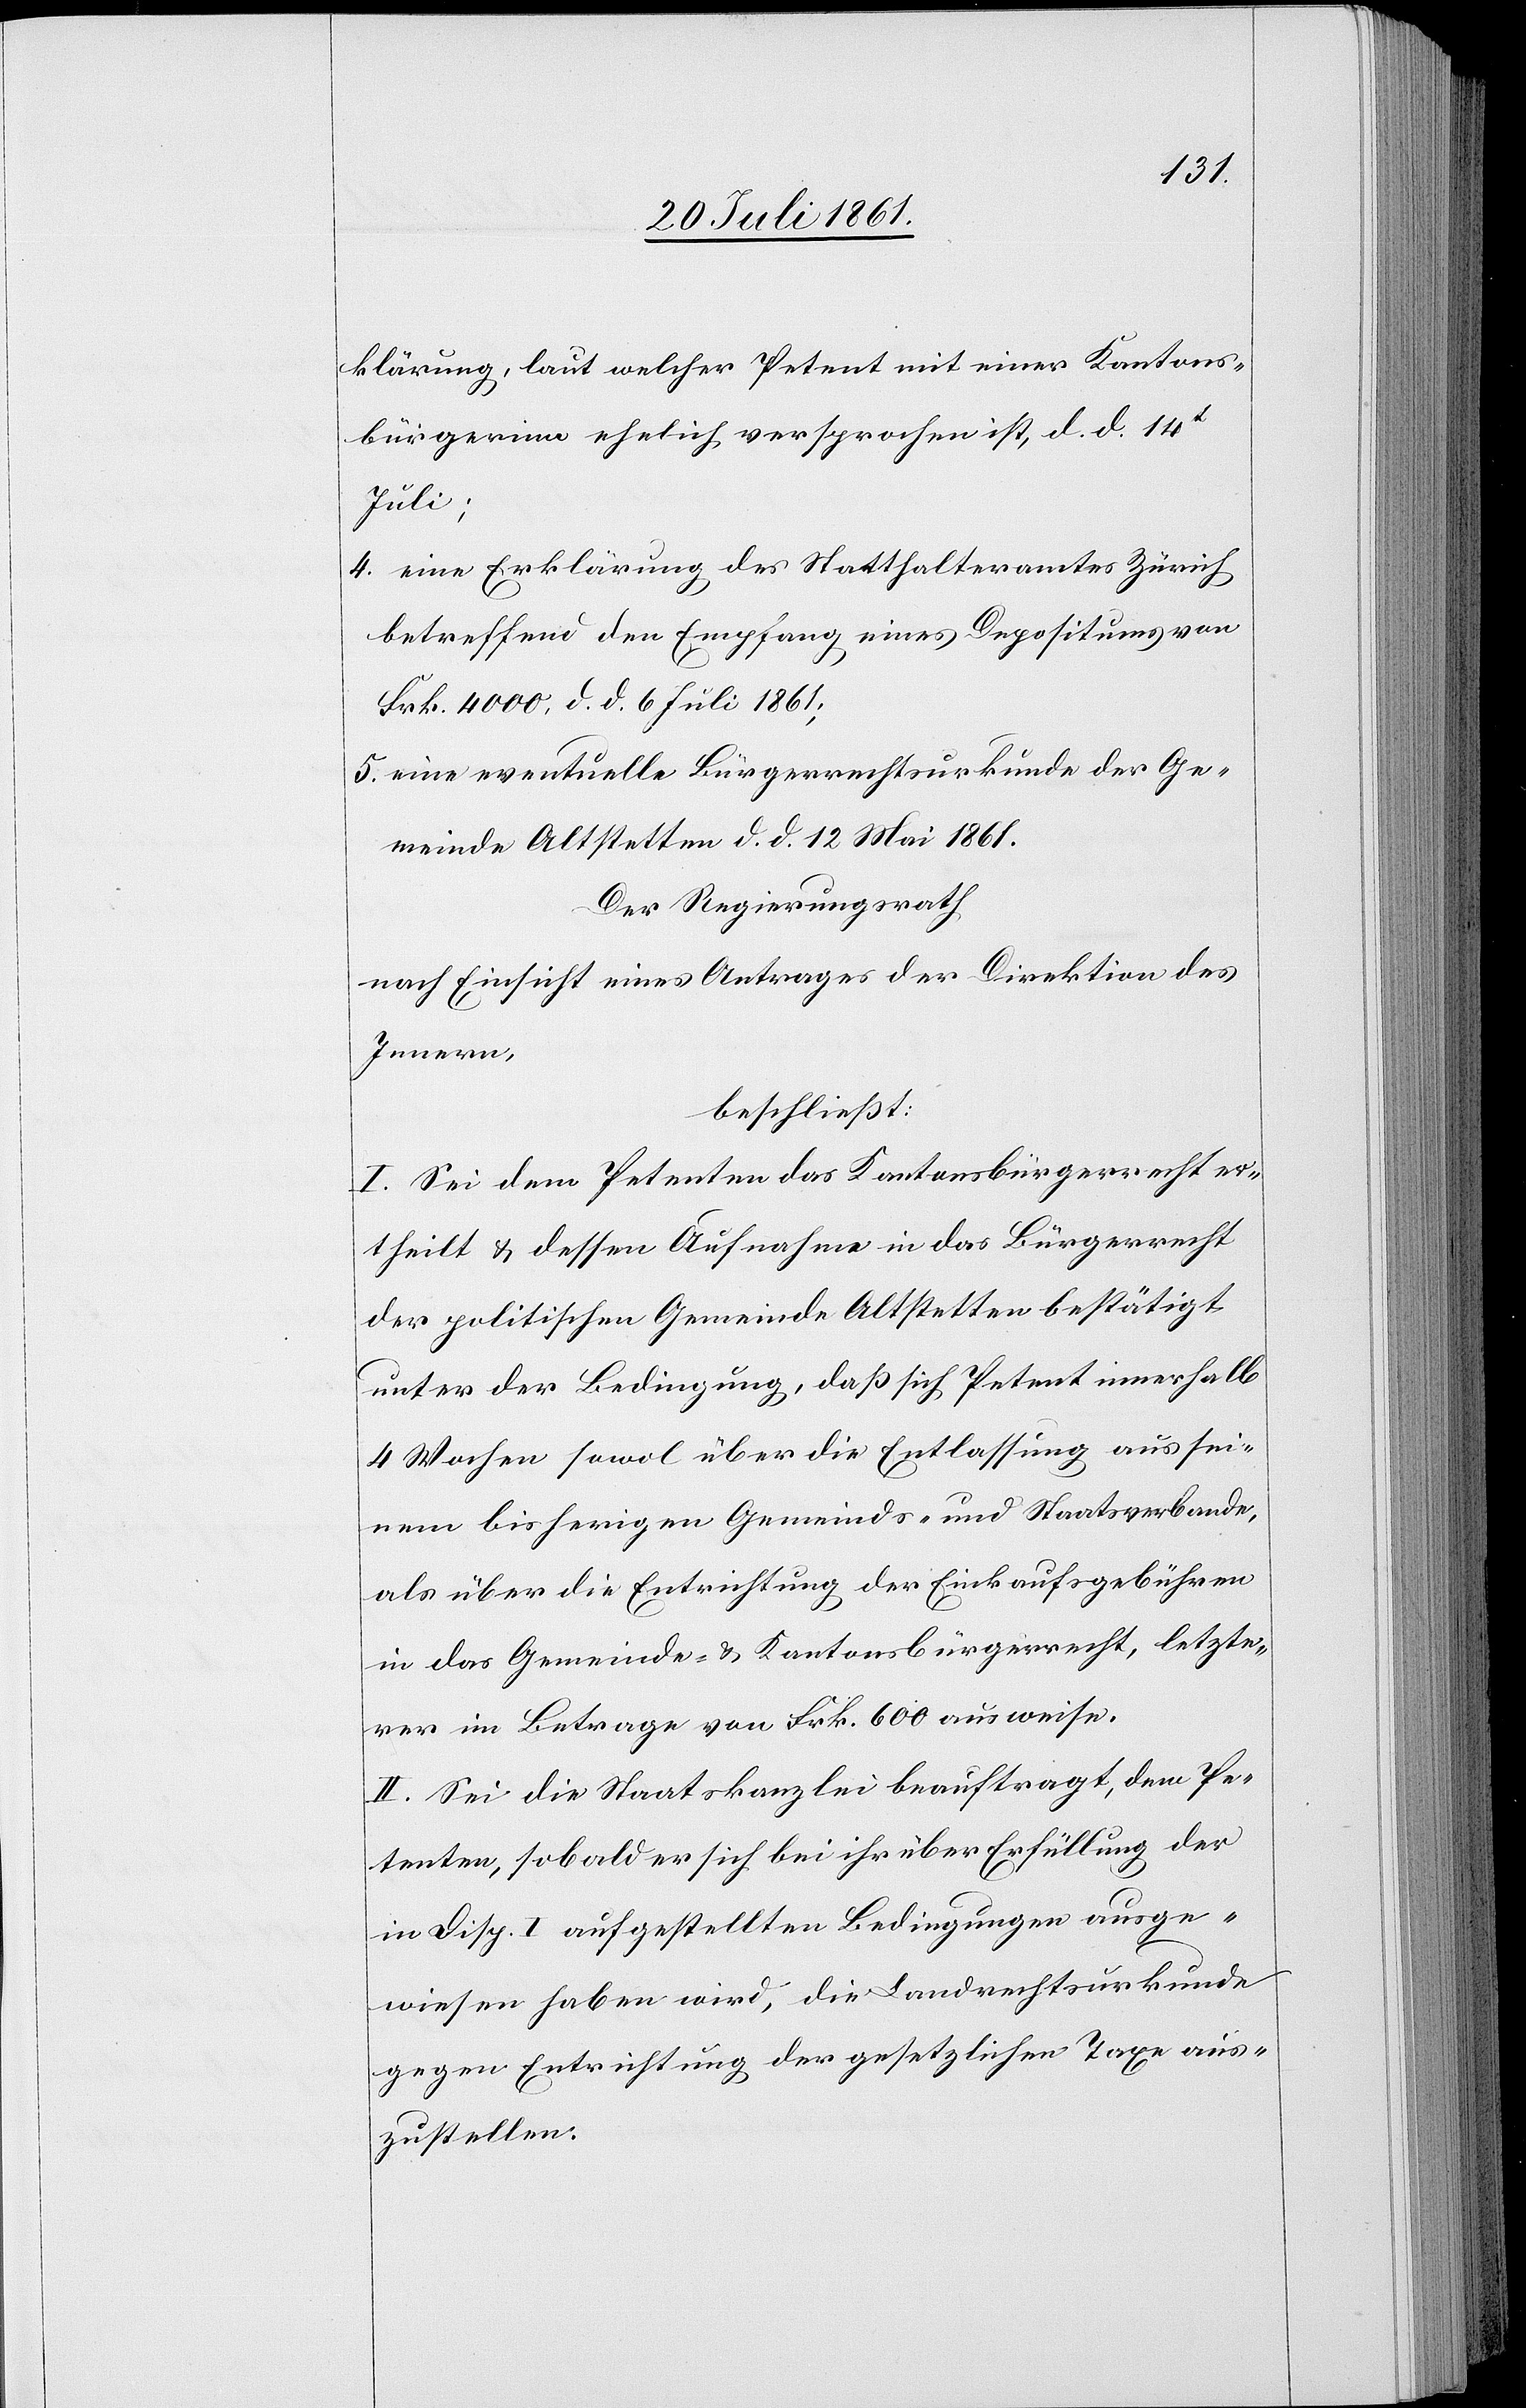
klärung, laut welcher Petent mit einer Kantons¬
bürgerinn ehelich versprochen ist, d. d. 14t
Juli;
4. eine Erklärung des Statthalteramtes Zürich
betreffend den Empfang eines Depositums von
Frk. 4000, d. d. 6 Juli 1861;
5. eine eventuelle Bürgerrechtsurkunde der Ge¬
meinde Altstetten d. d. 12 Mai 1861.
Der Regierungsrath,
nach Einsicht eines Antrages der Direktion des
Innern,
beschließt:
I. Sei dem Petenten das Kantonsbürgerrecht er¬
theilt u. dessen Aufnahme in das Bürgerrecht
der politischen Gemeinde Altstetten bestätigt
unter der Bedingung, daß sich Petent innerhalb
4 Wochen sowol über die Entlassung aus sei¬
nem bisherigen Gemeinds- und Staatsverbande,
als über die Entrichtung der Einkaufsgebühren
in das Gemeinds- u. Kantonsbürgerrecht, letzte¬
rer im Betrage von Frk. 600 ausweise.
II. Sei die Staatskanzlei beauftragt, dem Pe¬
tenten, sobald er sich bei ihr über Erfüllung der
in Disp. I aufgestellten Bedingungen ausge¬
wiesen haben wird, die Landrechtsurkunde
gegen Entrichtung der politischen Taxe aus¬
zustellen.